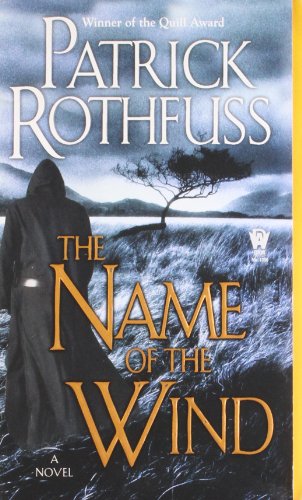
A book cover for The Name of the Wind (Kingkiller Chronicle); Patrick Rothfuss; Science Fiction & Fantasy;